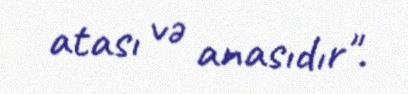
atası və anasıdır".